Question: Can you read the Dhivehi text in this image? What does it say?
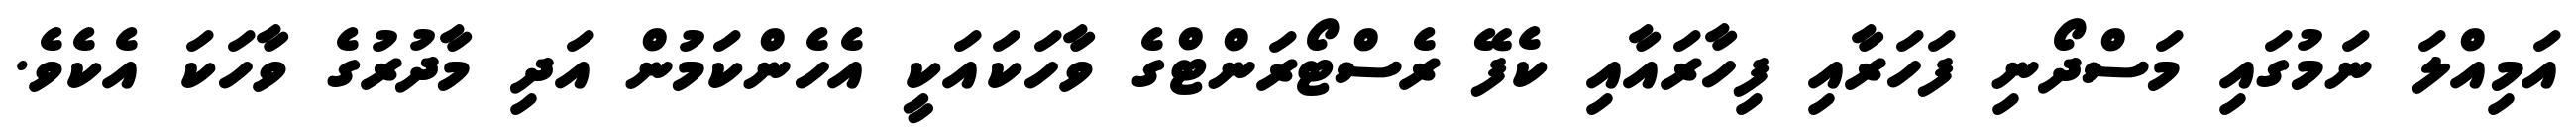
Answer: އަމިއްލަ ނަމުގައި މަސްދޯނި ފަހަރާއި ފިހާރައާއި ކެފޭ ރެސްޓޯރަންޓްގެ ވާހަކައަކީ އެހެންކަމުން އަދި މާދުރުގެ ވާހަކަ އެކެވެ.